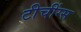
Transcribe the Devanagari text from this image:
टीचींग्स